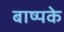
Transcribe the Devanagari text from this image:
बाष्पके